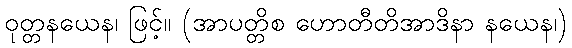
ဝုတ္တနယေန၊ ဖြင့်။ (အာပတ္တိစ ဟောတီတိအာဒိနာ နယေန၊)